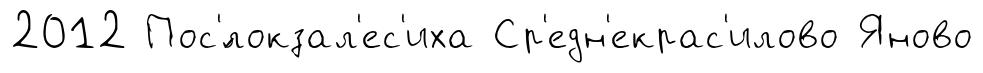
2012 Пос'́локзал'ес'иха Ср'едн'екрас'илово Яново